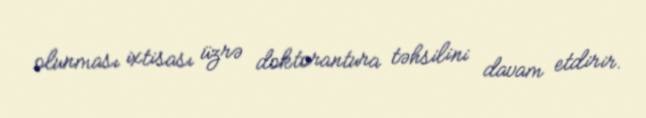
olunması ixtisası üzrə doktorantura təhsilini davam etdirir.